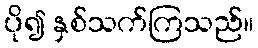
ပို၍ နှစ်သက်ကြသည်။